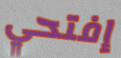
إفتحي